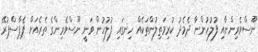
ނޫސްވެރިންނާއި ފުލުހުންނާ ދެމެދު ކުރިމަތިލުންތަކެއް ހިނގައި ފުލުހުން ވަނީ ނޫސްވެރިންގެ ތެރެއަށް ޕެޕާސްޕުރޭ